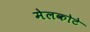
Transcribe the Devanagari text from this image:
मेलकोटे